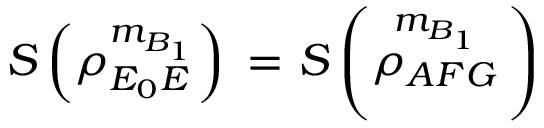
S \left( \rho _ { { { E } _ { 0 } } E } ^ { { { m } _ { B _ { 1 } } } } \right) \mathrm { ~ = ~ } S \left( \overset { { { m } _ { B _ { 1 } } } } { \mathop { { { \rho } _ { A F G } } } } \, \right)